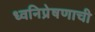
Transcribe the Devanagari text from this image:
ध्वनिप्रेषणाची